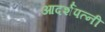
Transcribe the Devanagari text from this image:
आदर्शपत्नी